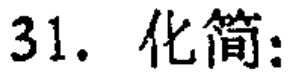
31. 化简: